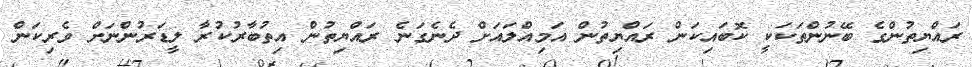
ރައްޔިތުންގެ ބޭނުންތަކަކީ ކޮބައިކަން ރައްޔިތުން އަމިއްލައަށް ދެނެގަނެ ރައްޔިތުން އިތުބާރުކުރާ ލީޑަރުންނަށް ވެރިކަން